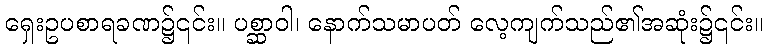
ရှေးဥပစာရခဏ၌၎င်း။ ပစ္ဆာဝါ၊ နောက်သမာပတ် လေ့ကျက်သည်၏အဆုံး၌၎င်း။